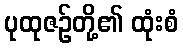
ပုထုဇဉ်တို့၏ ထုံးစံ